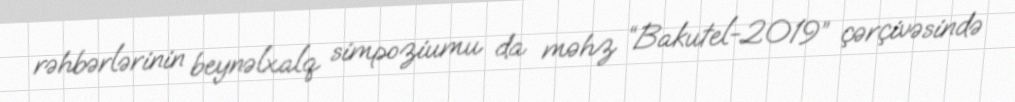
rəhbərlərinin beynəlxalq simpoziumu da məhz “Bakutel-2019” çərçivəsində